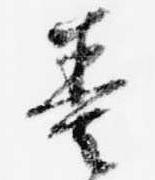
奏